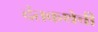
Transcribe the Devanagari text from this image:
दंतकथेची